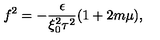
f ^ { 2 } = - \frac { \epsilon } { \xi _ { 0 } ^ { 2 } \tau ^ { 2 } } ( 1 + 2 m \mu ) ,